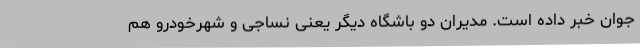
جوان خبر داده است. مدیران دو باشگاه دیگر یعنی نساجی و شهرخودرو هم